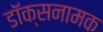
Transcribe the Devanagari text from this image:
डॉक्सनामक